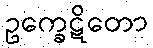
ဥက္ခေဋိတော